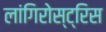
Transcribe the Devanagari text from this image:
लांगिरोस्ट्रिस